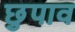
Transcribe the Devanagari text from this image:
छुपाव